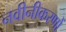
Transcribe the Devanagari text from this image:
नवीनीकरणों